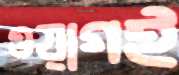
ওয়াগই